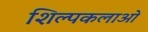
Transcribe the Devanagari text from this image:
शिल्पकलाओ